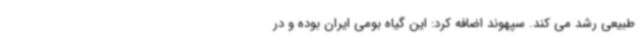
طبیعی رشد می کند. سپهوند اضافه کرد: این گیاه بومی ایران بوده و در